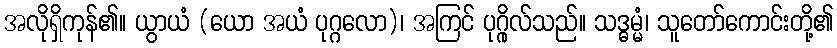
အလိုရှိကုန်၏။ ယွာယံ (ယော အယံ ပုဂ္ဂလော)၊ အကြင် ပုဂ္ဂိုလ်သည်။ သဒ္ဓမ္မံ၊ သူတော်ကောင်းတို့၏